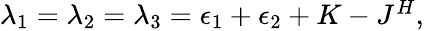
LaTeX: \begin{array}{r}{\lambda_{1}=\lambda_{2}=\lambda_{3}=\epsilon_{1}+\epsilon_{2}+K-J^{H},}\end{array}